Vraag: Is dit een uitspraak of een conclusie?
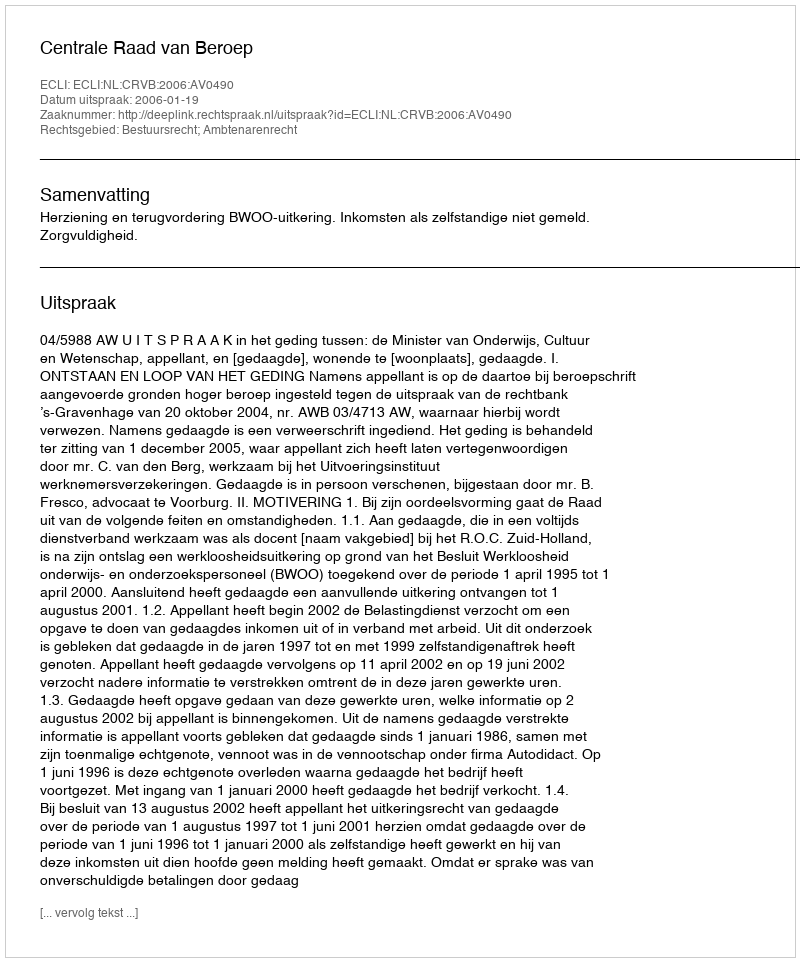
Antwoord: Uitspraak